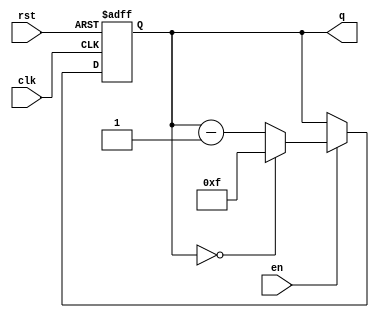
module binary_down_counter #(
    parameter N = 4  // Parameter for the bit width of the counter
)(
    input wire clk,      // Clock signal
    input wire rst,      // Asynchronous reset signal
    input wire en,       // Enable signal
    output reg [N-1:0] q // N-bit output for the current count value
);

    // Maximum value for the counter (2^N - 1)
    localparam MAX_COUNT = (1 << N) - 1;

    // Always block triggered on the rising edge of the clock
    always @(posedge clk or posedge rst) begin
        if (rst) begin
            // Asynchronous reset: set counter to maximum value
            q <= MAX_COUNT;
        end else if (en) begin
            // Enable is asserted: decrement the counter
            if (q == 0) begin
                // Wrap around to maximum value if counter reaches zero
                q <= MAX_COUNT;
            end else begin
                // Decrement the counter
                q <= q - 1;
            end
        end
        // If enable is not asserted, retain the current value of q
    end

endmodule